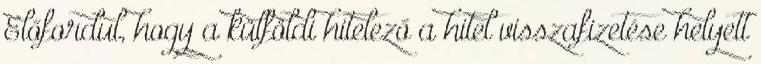
Előfordul, hogy a külföldi hitelező a hitel visszafizetése helyett